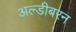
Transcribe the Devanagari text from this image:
अल्डीबरन